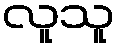
လူသူ